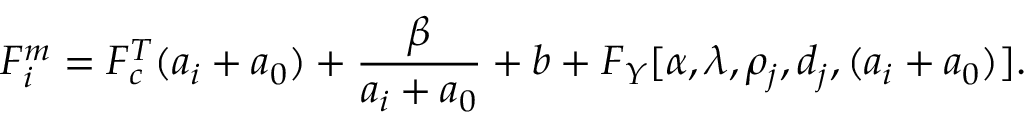
F _ { i } ^ { m } = F _ { c } ^ { T } ( a _ { i } + a _ { 0 } ) + \frac { \beta } { a _ { i } + a _ { 0 } } + b + F _ { Y } [ \alpha , \lambda , \rho _ { j } , d _ { j } , ( a _ { i } + a _ { 0 } ) ] .